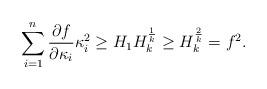
LaTeX: \begin{align*}\sum_{i=1}^{n}\frac{\partial f}{\partial\kappa_{i}}\kappa_{i}^{2}\geq H_{1}H_{k}^{\frac{1}{k}} \geq H_{k}^{\frac{2}{k}}=f^{2}.\end{align*}